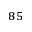
^ { 8 5 }